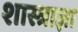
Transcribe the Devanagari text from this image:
शास्त्राज्ञा